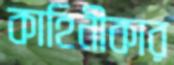
কাহিনীকার